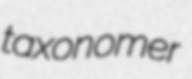
taxonomer